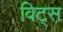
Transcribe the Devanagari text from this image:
विट्स